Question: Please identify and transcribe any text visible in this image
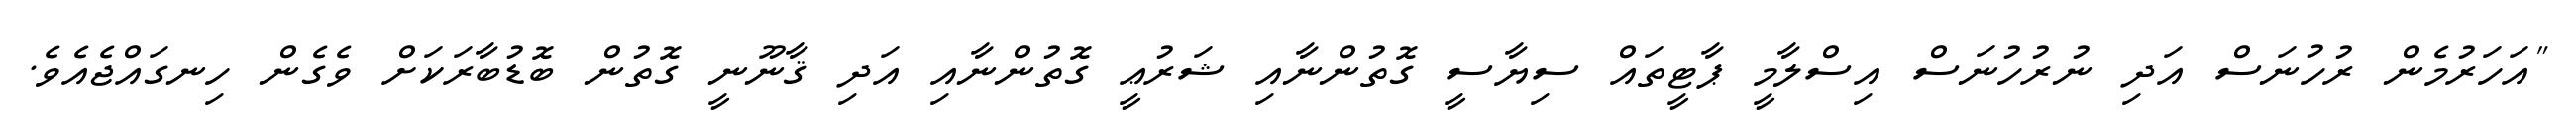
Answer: "އަހަރުމެން ރުހުނަސް އަދި ނުރުހުނަސް އިސްލާމީ ޕާޓީތައް ސިޔާސީ ގޮތުންނާއި ޝަރުޢީ ގޮތުންނާއި އަދި ޤާނޫނީ ގޮތުން ބޮޑުބާރަކަށް ވެގެން ހިނގައްޖެއެވެ.